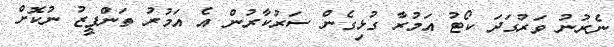
ނެރުނު ވަރުގަދަ ކޯޓު އަމުރާ ގުޅިގެން ސަރުކާރުން އެ އަމުރު ތަންފީޒު ނުކޮށް